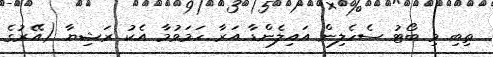
ތިބި މި ބޯޓު ސެހެލިން އައިލެންޑާ އަރާ ހަމަވުމާ އެކު ރަޝިޔާ (އޭރުގެ